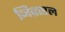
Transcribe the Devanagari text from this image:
जिब्राएल